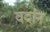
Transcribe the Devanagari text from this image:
वर्दान